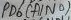
Text: PD6